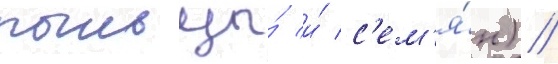
пыльцы́ и́ с'ем'я́н) //